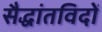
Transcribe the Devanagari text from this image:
सैद्धांतविदों